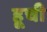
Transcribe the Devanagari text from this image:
हूची